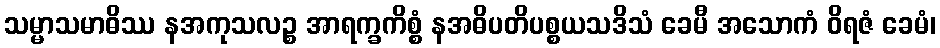
သမ္မာသမာဓိဿ နအကုသလဉ္စ အာရက္ခကိစ္စံ နအဓိပတိပစ္စယသဒိသံ ခေမီ အသောကံ ဝိရဇံ ခေမံ၊